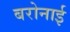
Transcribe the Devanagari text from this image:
बरोनाई